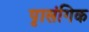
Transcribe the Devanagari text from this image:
पृासंगिक